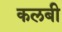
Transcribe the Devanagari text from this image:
कलबी